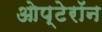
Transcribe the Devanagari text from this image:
ओप्टेरॉन